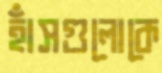
হাঁসগুলোকে